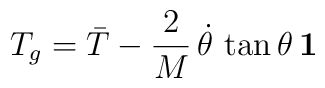
T_g={\bar T}-\frac{2}{M}\,{\dot \theta}\,\tan\theta\,\bf{1}